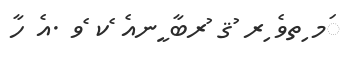
ަމ ިތވެ ިރ ުޤ ުރބާ ީނއެ ެކ ެވ .އެ ހާ